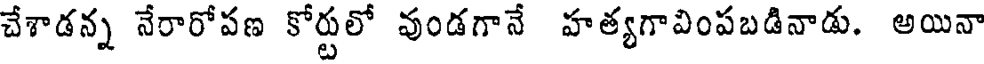
చేశాడన్న నేరారోపణ కోర్టులో వుండగానే హత్యగావింపబడినాడు. అయినా